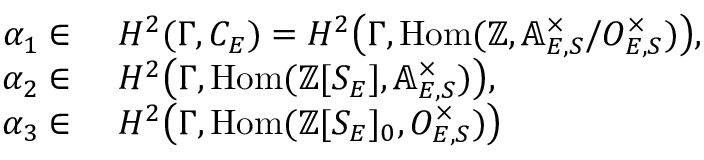
\begin{array} { r l } { \alpha _ { 1 } \in } & { \ H ^ { 2 } ( { \Gamma } , C _ { E } ) = H ^ { 2 } \big ( { \Gamma } , \mathrm { H o m } ( \mathbb { Z } , \mathbb { A } _ { E , S } ^ { \times } / O _ { E , S } ^ { \times } ) \big ) , } \\ { \alpha _ { 2 } \in } & { \ H ^ { 2 } \big ( { \Gamma } , \mathrm { H o m } ( \mathbb { Z } [ S _ { E } ] , \mathbb { A } _ { E , S } ^ { \times } ) \big ) , } \\ { \alpha _ { 3 } \in } & { \ H ^ { 2 } \big ( { \Gamma } , \mathrm { H o m } ( \mathbb { Z } [ S _ { E } ] _ { 0 } , O _ { E , S } ^ { \times } ) \big ) } \end{array}